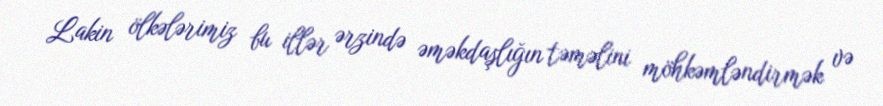
Lakin ölkələrimiz bu illər ərzində əməkdaşlığın təməlini möhkəmləndirmək və